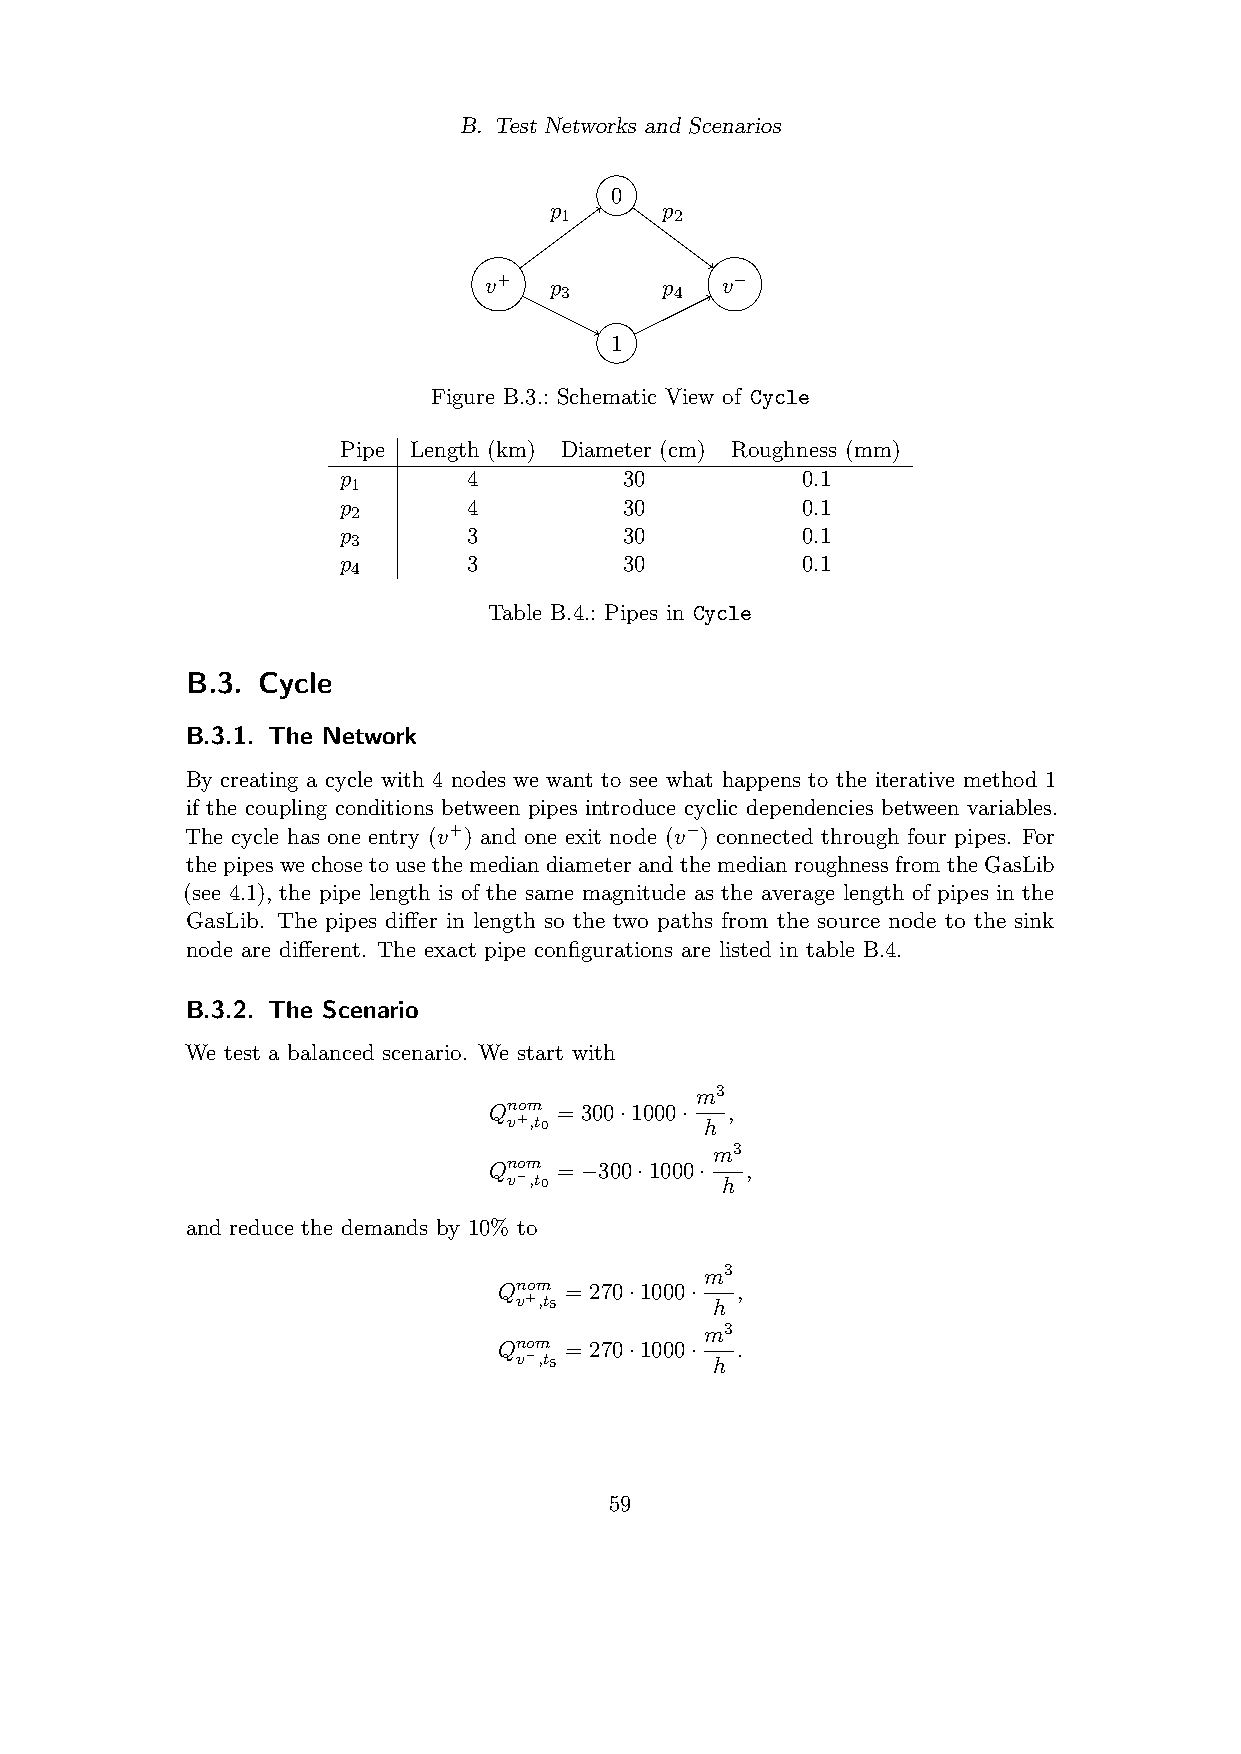
B. Test Networks and Scenarios
 0
 p       p
 1       2
 v+  p       p   v−
 3       4
 1
 Figure B.3.: Schematic View of Cycle
 Pipe Length (km) Diameter (cm) Roughness (mm)
 p        4         30          0.1
 1
 p        4         30          0.1
 2
 p        3         30          0.1
 3
 p        3         30          0.1
 4
 Table B.4.: Pipes in Cycle
 B.3. Cycle
 B.3.1. The Network
 By creating a cycle with 4 nodes we want to see what happens to the iterative method 1
 if the coupling conditions between pipes introduce cyclic dependencies between variables.
 The cycle has one entry (v+) and one exit node (v−) connected through four pipes. For
 thepipeswechosetousethemediandiameterandthemedianroughnessfromtheGasLib
 (see 4.1), the pipe length is of the same magnitude as the average length of pipes in the
 GasLib. The pipes differ in length so the two paths from the source node to the sink
 node are different. The exact pipe configurations are listed in table B.4.
 B.3.2. The Scenario
 We test a balanced scenario. We start with
 m3
 Qnom = 300·1000· ,
 v+,t0        h
 m3
 Qnom = −300·1000· ,
 v−,t0         h
 and reduce the demands by 10% to
 m3
 Qnom = 270·1000· ,
 v+,t5        h
 m3
 Qnom = 270·1000· .
 v−,t5        h
 59